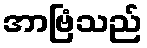
အာဗြံသည်